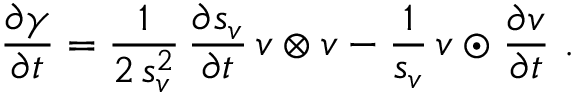
\frac { \partial \gamma } { \partial t } = \frac 1 { 2 \, s _ { v } ^ { 2 } } \, \frac { \partial s _ { v } } { \partial t } \, v \otimes v - \frac 1 { s _ { v } } \, v \odot \frac { \partial v } { \partial t } \ .